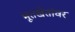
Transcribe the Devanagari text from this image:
भूतखेतांवर